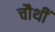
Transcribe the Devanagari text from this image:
चौथीं